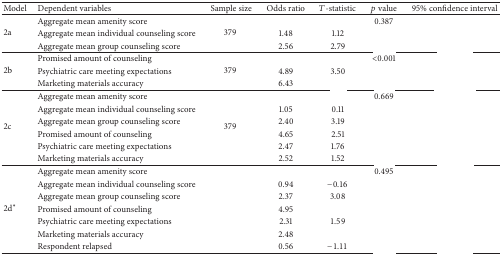
<table><thead><tr><td><b>Model</b></td><td><b>Dependent variables</b></td><td><b>Sample size</b></td><td><b>Odds ratio</b></td><td><b><i>T</i>-statistic</b></td><td><b><i>p</i> value</b></td><td><b>95% confidence interval</b></td></tr></thead><tbody><tr><td rowspan="3">2a </td><td>Aggregate mean amenity score</td><td rowspan="3">379 </td><td>[EMPTY_CELL]</td><td>[EMPTY_CELL]</td><td>0.387</td><td>[EMPTY_CELL]</td></tr><tr><td>Aggregate mean individual counseling score</td><td>1.48</td><td>1.12</td><td>[EMPTY_CELL]</td><td>[EMPTY_CELL]</td></tr><tr><td>Aggregate mean group counseling score</td><td>2.56</td><td>2.79</td><td>[EMPTY_CELL]</td><td>[EMPTY_CELL]</td></tr><tr><td rowspan="3">2b </td><td>Promised amount of counseling</td><td rowspan="3">379 </td><td>[EMPTY_CELL]</td><td>[EMPTY_CELL]</td><td>&lt;0.001</td><td>[EMPTY_CELL]</td></tr><tr><td>Psychiatric care meeting expectations</td><td>4.89</td><td>3.50</td><td>[EMPTY_CELL]</td><td>[EMPTY_CELL]</td></tr><tr><td>Marketing materials accuracy</td><td>6.43</td><td>[EMPTY_CELL]</td><td>[EMPTY_CELL]</td><td>[EMPTY_CELL]</td></tr><tr><td rowspan="6">2c </td><td>Aggregate mean amenity score</td><td rowspan="6">379 </td><td>[EMPTY_CELL]</td><td>[EMPTY_CELL]</td><td>0.669</td><td>[EMPTY_CELL]</td></tr><tr><td>Aggregate mean individual counseling score</td><td>1.05</td><td>0.11</td><td>[EMPTY_CELL]</td><td>[EMPTY_CELL]</td></tr><tr><td>Aggregate mean group counseling score</td><td>2.40</td><td>3.19</td><td>[EMPTY_CELL]</td><td>[EMPTY_CELL]</td></tr><tr><td>Promised amount of counseling</td><td>4.65</td><td>2.51</td><td>[EMPTY_CELL]</td><td>[EMPTY_CELL]</td></tr><tr><td>Psychiatric care meeting expectations</td><td>2.47</td><td>1.76</td><td>[EMPTY_CELL]</td><td>[EMPTY_CELL]</td></tr><tr><td>Marketing materials accuracy</td><td>2.52</td><td>1.52</td><td>[EMPTY_CELL]</td><td>[EMPTY_CELL]</td></tr><tr><td rowspan="7">2d<sup><i>∗</i></sup></td><td>Aggregate mean amenity score</td><td rowspan="7">[EMPTY_CELL]</td><td>[EMPTY_CELL]</td><td>[EMPTY_CELL]</td><td>0.495</td><td>[EMPTY_CELL]</td></tr><tr><td>Aggregate mean individual counseling score</td><td>0.94</td><td>−0.16</td><td>[EMPTY_CELL]</td><td>[EMPTY_CELL]</td></tr><tr><td>Aggregate mean group counseling score</td><td>2.37</td><td>3.08</td><td>[EMPTY_CELL]</td><td>[EMPTY_CELL]</td></tr><tr><td>Promised amount of counseling</td><td>4.95</td><td>[EMPTY_CELL]</td><td>[EMPTY_CELL]</td><td>[EMPTY_CELL]</td></tr><tr><td>Psychiatric care meeting expectations</td><td>2.31</td><td>1.59</td><td>[EMPTY_CELL]</td><td>[EMPTY_CELL]</td></tr><tr><td>Marketing materials accuracy</td><td>2.48</td><td>[EMPTY_CELL]</td><td>[EMPTY_CELL]</td><td>[EMPTY_CELL]</td></tr><tr><td>Respondent relapsed</td><td>0.56</td><td>−1.11</td><td>[EMPTY_CELL]</td><td>[EMPTY_CELL]</td></tr></tbody></table>